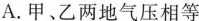
A.甲、乙两地气压相等